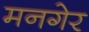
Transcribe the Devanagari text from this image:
मनगेर